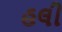
હલી